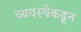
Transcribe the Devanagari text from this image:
व्यवस्थेकडून